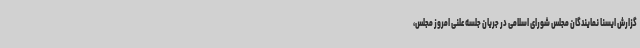
گزارش ایسنا نمایندگان مجلس شورای اسلامی در جریان جلسه علنی امروز مجلس،